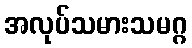
အလုပ်သမားသမဂ္ဂ